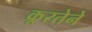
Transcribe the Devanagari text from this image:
क्रूरतेने